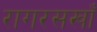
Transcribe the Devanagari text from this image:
रागरसखाँ